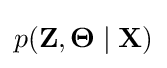
p(\mathbf {Z} ,{\boldsymbol {\Theta }}\mid \mathbf {X} )